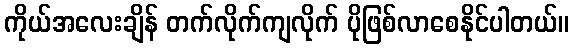
ကိုယ်အလေးချိန် တက်လိုက်ကျလိုက် ပိုဖြစ်လာစေနိုင်ပါတယ်။